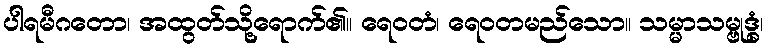
ပါရမီဂတော၊ အထွတ်သို့ရောက်၏။ ရေဝတံ၊ ရေဝတမည်သော။ သမ္မာသမ္ဗုဒ္ဓံ၊